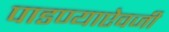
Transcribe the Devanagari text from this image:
पाडण्याऐवजी